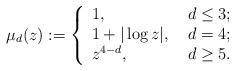
LaTeX: \begin{align*}\mu_d(z):= \left\{ \begin{array}{ll} $$ 1$$, & \hbox{ $d\leq3$;} \\ $$1+|\log z|$$, & \hbox{ $d=4$;} \\ $$z^{4-d} $$, & \hbox{ $d\geq 5$.} \end{array}\right. \end{align*}